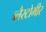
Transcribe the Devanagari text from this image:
ब्लैस्टोमीर